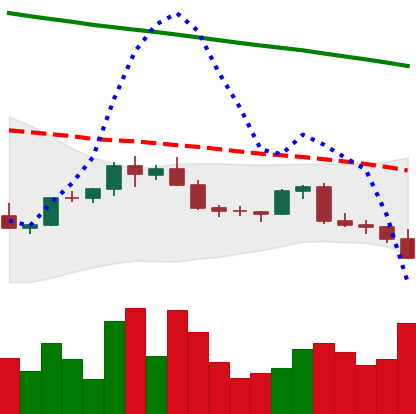
Ticker: EOS-USD
Chart end date: 2022-02-21
Forward return: 3.866%
Label: up_3_5